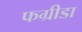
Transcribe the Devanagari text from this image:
फग्रीडा